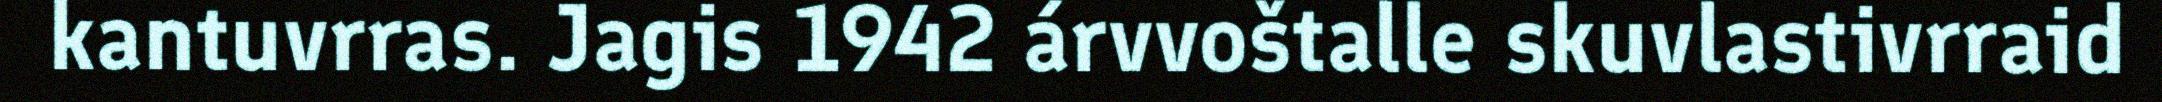
kantuvrras. Jagis 1942 árvvoštalle skuvlastivrraid